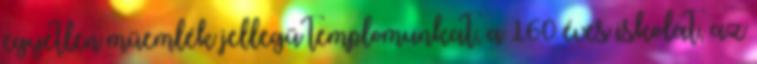
egyetlen műemlék jellegű templomunkat, a 160 éves iskolát, az